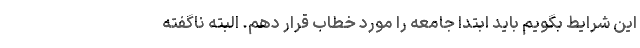
این شرایط بگویم باید ابتدا جامعه را مورد خطاب قرار دهم. البته ناگفته